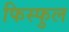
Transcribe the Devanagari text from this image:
फिस्फुल